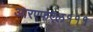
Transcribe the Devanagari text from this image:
आरएफएल१११